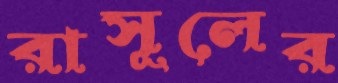
রাসূলের